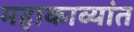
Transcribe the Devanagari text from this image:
महाकाव्यांत